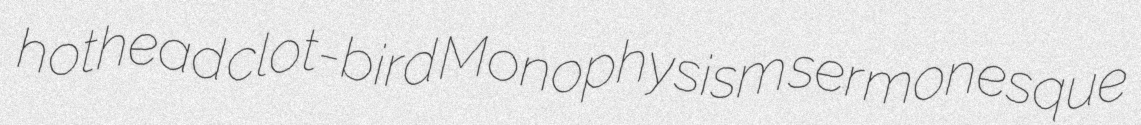
hothead clot-bird Monophysism sermonesque